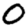
Digit: 0